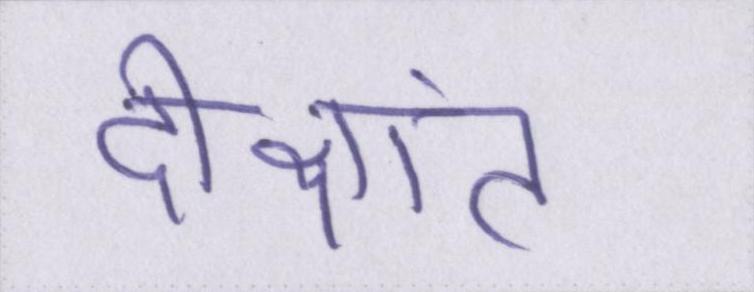
दीक्षांत